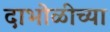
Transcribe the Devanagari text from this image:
दाभोळीच्या